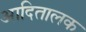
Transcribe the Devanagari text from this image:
आदितालक